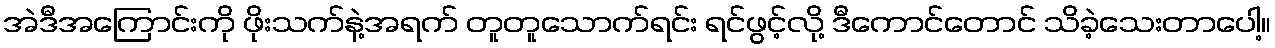
အဲဒီအကြောင်းကို ဖိုးသက်နဲ့အရက် တူတူသောက်ရင်း ရင်ဖွင့်လို့ ဒီကောင်တောင် သိခဲ့သေးတာပေါ့။